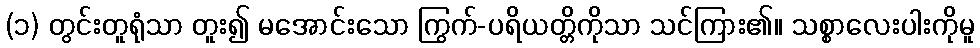
(၁) တွင်းတူရုံသာ တူး၍ မအောင်းသော ကြွက်-ပရိယတ္တိကိုသာ သင်ကြား၏။ သစ္စာလေးပါးကိုမူ